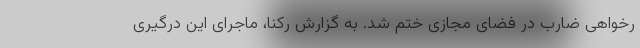
رخواهی ضارب در فضای مجازی ختم شد. به گزارش رکنا، ماجرای این درگیری